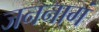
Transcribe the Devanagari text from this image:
जननागं